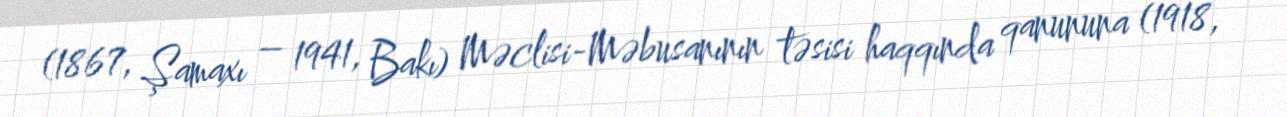
(1867, Şamaxı – 1941, Bakı) Məclisi-Məbusanının təsisi haqqında qanununa (1918,